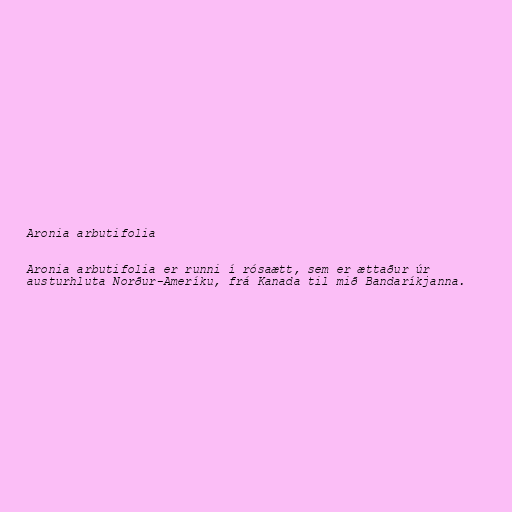
Aronia arbutifolia

Aronia arbutifolia er runni í rósaætt, sem er ættaður úr
austurhluta Norður-Ameríku, frá Kanada til mið Bandaríkjanna.